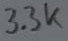
Text: 3.3k